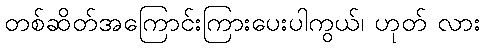
တစ်ဆိတ်အကြောင်းကြားပေးပါကွယ်၊ ဟုတ် လား